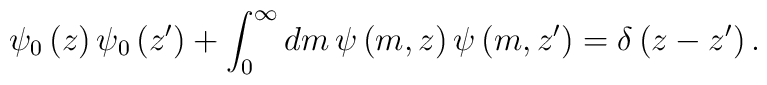
\psi_0\left(z\right)\psi_0\left( z^\prime\right) + \int_0 ^\infty dm\, \psi\left( m , z\right) \psi\left( m ,z^\prime\right) = \delta\left( z- z^\prime\right) .